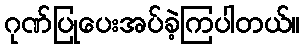
ဂုဏ်ပြုပေးအပ်ခဲ့ကြပါတယ်။